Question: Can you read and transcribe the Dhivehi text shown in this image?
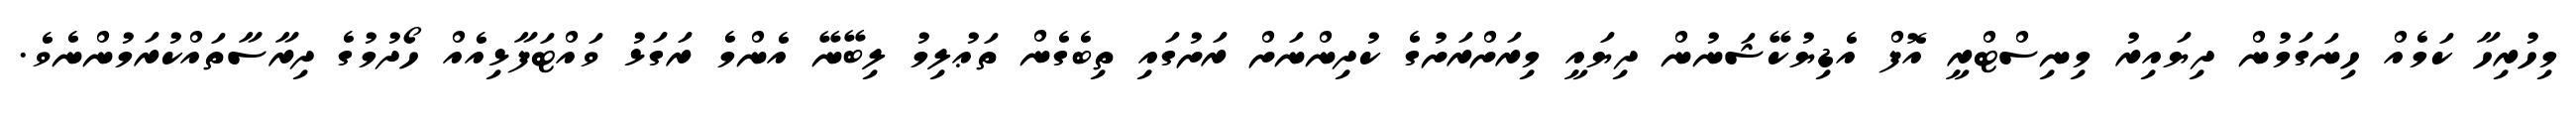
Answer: މިހުރިހާ ކަމެއް ހިނަގަމުން ދިޔައިރު މިނިސްޓްރީ އޮފް އެޑިޔުކޭޝަނުން ދިޔައީ މިރަށްރަށުގެ ކުދިންނަށް ރަށުގައި ތިބެގެން ތަޢުލިމު ލިބޭނޭ އެންމެ ރަގަޅު ވައްޓަފާޅިއެއް ހޯދުމުގެ ދިރާސާތައްކުރަމުންނެވެ.